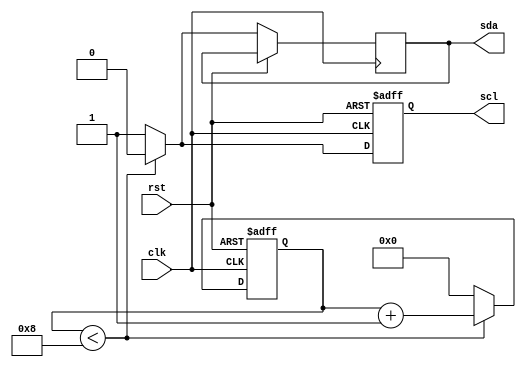
module i2c_timing_control (
    input wire rst,
    input wire clk,
    output reg sda,
    output reg scl
);

reg [7:0] counter;

always @ (posedge clk or posedge rst)
begin
    if (rst)
    begin
        counter <= 8'b0;
        scl <= 1'b1;
    end
    else
    begin
        if (counter < 8)
        begin
            counter <= counter + 1'b1;
            scl <= 1'b0;
            sda <= 1'b0;
        end
        else
        begin
            counter <= 8'b0;
            scl <= 1'b1;
            sda <= 1'b1;
        end
    end
end

endmodule